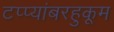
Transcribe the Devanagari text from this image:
टप्प्यांबरहुकूम